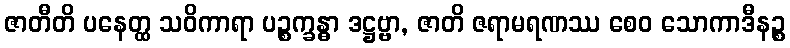
ဇာတီတိ ပနေတ္ထ သဝိကာရာ ပဉ္စက္ခန္ဓာ ဒဋ္ဌဗ္ဗာ, ဇာတိ ဇရာမရဏဿ စေဝ သောကာဒီနဉ္စ